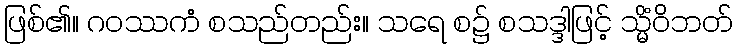
ဖြစ်၏။ ဂဝဿကံ စသည်တည်း။ သရေ စ၌ စသဒ္ဒါဖြင့် သ္မိံဝိဘတ်